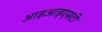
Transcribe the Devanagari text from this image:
आइआइएसटी